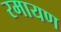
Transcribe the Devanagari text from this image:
रमायण